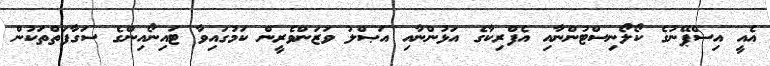
އެއީ އިސްޕޭނުގެ ކޯލޯނިސްޓުންނާއި އެފްރިކާގެ އަޅުންނާއި އަޞްލު ވަޒަންވެރީން ކަމުގައިވާ ޓައިނޯއިންގެ ސަގާފަތްތަކުން